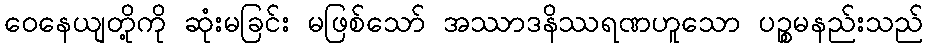
ဝေနေယျတို့ကို ဆုံးမခြင်း မဖြစ်သော် အဿာဒနိဿရဏဟူသော ပဉ္စမနည်းသည်